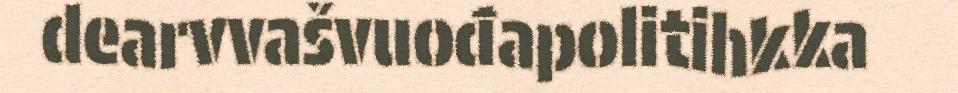
dearvvašvuođapolitihkka